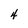
Character: 4